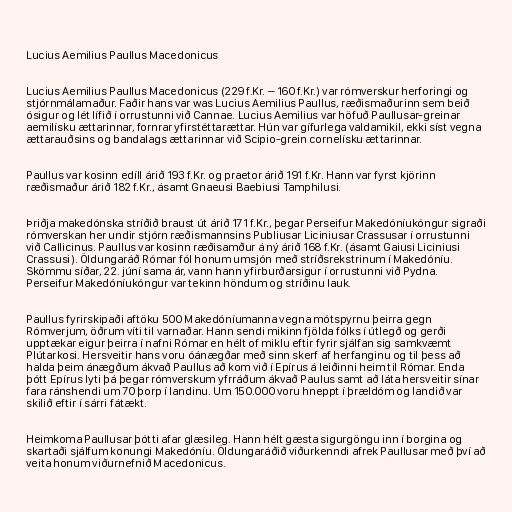
Lucius Aemilius Paullus Macedonicus

Lucius Aemilius Paullus Macedonicus (229 f.Kr. – 160 f.Kr.) var rómverskur herforingi og
stjórnmálamaður. Faðir hans var was Lucius Aemilius Paullus, ræðismaðurinn sem beið
ósigur og lét lífið í orrustunni við Cannae. Lucius Aemilius var höfuð Paullusar-greinar
aemilísku ættarinnar, fornrar yfirstéttarættar. Hún var gífurlega valdamikil, ekki síst vegna
ættarauðsins og bandalags ættarinnar við Scipio-grein cornelísku ættarinnar.

Paullus var kosinn edíll árið 193 f.Kr. og praetor árið 191 f.Kr. Hann var fyrst kjörinn
ræðismaður árið 182 f.Kr., ásamt Gnaeusi Baebiusi Tamphilusi.

Þriðja makedónska stríðið braust út árið 171 f.Kr., þegar Perseifur Makedóníukóngur sigraði
rómverskan her undir stjórn ræðismannsins Publiusar Liciniusar Crassusar í orrustunni
við Callicinus. Paullus var kosinn ræðisamður á ný árið 168 f.Kr. (ásamt Gaiusi Liciniusi
Crassusi). Öldungaráð Rómar fól honum umsjón með stríðsrekstrinum í Makedóníu.
Skömmu síðar, 22. júní sama ár, vann hann yfirburðarsigur í orrustunni við Pydna.
Perseifur Makedóníukóngur var tekinn höndum og stríðinu lauk.

Paullus fyrirskipaði aftöku 500 Makedóníumanna vegna mótspyrnu þeirra gegn
Rómverjum, öðrum víti til varnaðar. Hann sendi mikinn fjölda fólks í útlegð og gerði
upptækar eigur þeirra í nafni Rómar en hélt of miklu eftir fyrir sjálfan sig samkvæmt
Plútarkosi. Hersveitir hans voru óánægðar með sinn skerf af herfanginu og til þess að
halda þeim ánægðum ákvað Paullus að kom við í Epírus á leiðinni heim til Rómar. Enda
þótt Epírus lyti þá þegar rómverskum yfrráðum ákvað Paulus samt að láta hersveitir sínar
fara ránshendi um 70 þorp í landinu. Um 150.000 voru hneppt í þrældóm og landið var
skilið eftir í sárri fátækt.

Heimkoma Paullusar þótti afar glæsileg. Hann hélt gæsta sigurgöngu inn í borgina og
skartaði sjálfum konungi Makedóníu. Öldungaráðið viðurkenndi afrek Paullusar með því að
veita honum viðurnefnið Macedonicus.